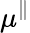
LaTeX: \mu^{\parallel}